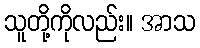
သူတို့ကိုလည်း။ အာသ